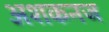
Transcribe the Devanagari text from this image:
अशकनज